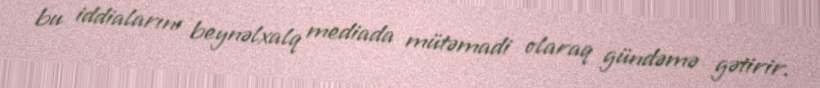
bu iddialarını beynəlxalq mediada mütəmadi olaraq gündəmə gətirir.